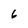
Character: 6